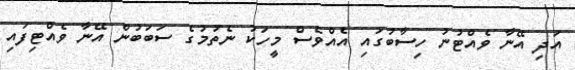
އަދި އޭނާ ވެއްޓުނު ހިސާބުގައި އެއްވެސް މީހަކު ނެތުމުގެ ސަބަބުން އޭނާ ވެއްޓިފައި